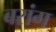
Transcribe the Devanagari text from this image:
बरांग